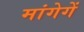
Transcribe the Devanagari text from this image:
मांगेगें